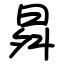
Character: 曻